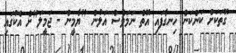
ގޮތަކަށް ކަންކަން ހިނގާފައި އޮތް ނަމަވެސް އަލުން "ޔާމީން - ޖަމީލަ"ށް އެކުގައި